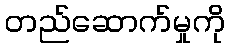
တည်ဆောက်မှုကို